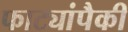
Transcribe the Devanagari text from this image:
फाट्यांपैकी